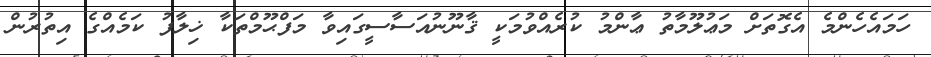
ހަމައެހެންމެ އެގޮތަށް މަޢުލޫމާތު ޢާންމު ކުރެއްވުމަކީ ޤާނޫނުއަސާސީގައިވާ މަފްޙޫމްތަކާ ޚިލާފު ކަމެއްގެ އިތުރުން